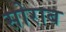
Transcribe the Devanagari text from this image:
सोराब